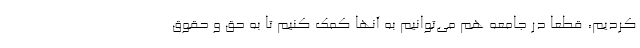
کردیم، قطعا در جامعه هم می‌توانیم به آنها کمک کنیم تا به حق و حقوق